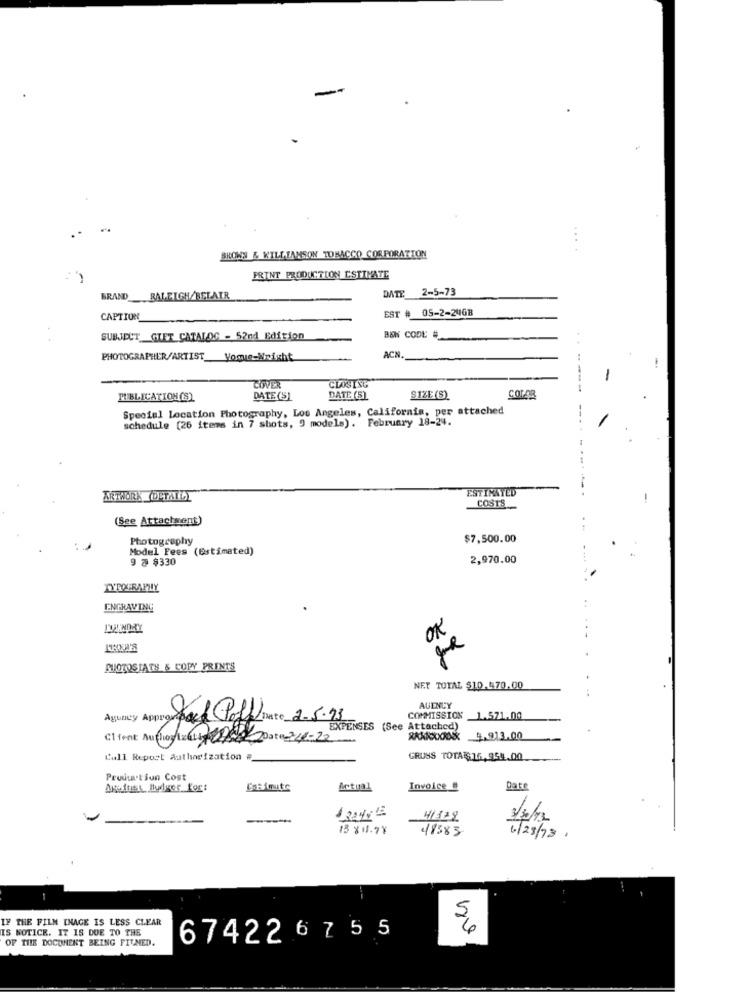
BROWN & WILLIAMSON TOBACCO CORPORATION
PRINT PRODUCTION ESTIMATE
DATE 2-5-73
BRAND_
RALEIGH/RELATR
EST #
05-2-246B
CAPTION
SUBJECT_GIET CATALOG - 52nd Edition
BON CODE#
. .
PHOTOGRAPHER/ARTIST Vogue-Weight
ACN.
CLOSING
-
COVER
----
PUBLICATION(S)
DATE (S)
DATE (S)
SIZE (S)
COLAR
Special Location Photography, Los Angeles, California, per attached
schedule (26 items in 7 shots, 9 models). February 18-24.
ESTIMATED
ARTWORK (DETAILY
-
COSTS
(See Attachment)
Photography
$7,500.00
Model Fees (Estimated)
9 @ $330
2,970.00
TYPOGRAPHY
ENGRAVING
OK
MOTOSIATS & COPY PRINTS
NET TOTAL $10.470.00
AGENCY
Agunicy Approveback
Jak Poly Date 2-5.93
COMMISSION _1.571.00
EXPENSES (See Attached)
Client Aufliog Ize1 87842 Date 724-22
9.913.00
Call Report Authorization #
GRUSS TOTA 16,954.00
Prodution Cost
Against ludger Kor:
Bimute
Actual
Invoice_
Date
3/30/12
13 × 11.78
48383
6/28/78.
IF THE FILM ENAGE IS LESS CLEAR
IS NOTICE. IT IS DUE TO THE
OF THE DOCUMENT BEING FITMED.
674226 7 5 5